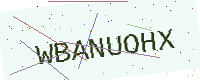
Text: WBANUOHX